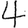
Digit: 4